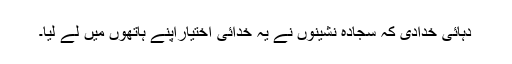
دہائی خدادی کہ سجادہ نشینوں نے یہ خدائی اختیاراپنے ہاتھوں میں لے لیا۔